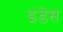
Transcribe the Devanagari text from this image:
इंडेस